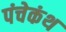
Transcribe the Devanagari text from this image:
पंचेकंथ